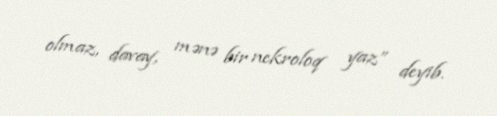
olmaz, davay, mənə bir nekroloq yaz” deyib.